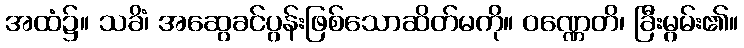
အထံ၌။ သခိံ၊ အဆွေခင်ပွန်းဖြစ်သောဆိတ်မကို။ ဝဏ္ဏေတိ၊ ခြီးမွမ်း၏။